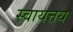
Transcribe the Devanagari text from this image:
स्वायत्तय